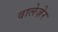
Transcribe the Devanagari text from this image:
वालेज़ेर